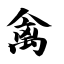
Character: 禽